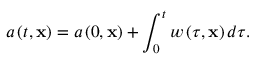
a \left( t , \mathbf { x } \right) = a \left( 0 , \mathbf { x } \right) + \int _ { 0 } ^ { t } w \left( \tau , \mathbf { x } \right) d \tau .